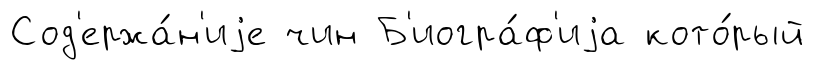
Сод'ержа́н'иjе чин Б'иогра́ф'иjа кото́рый